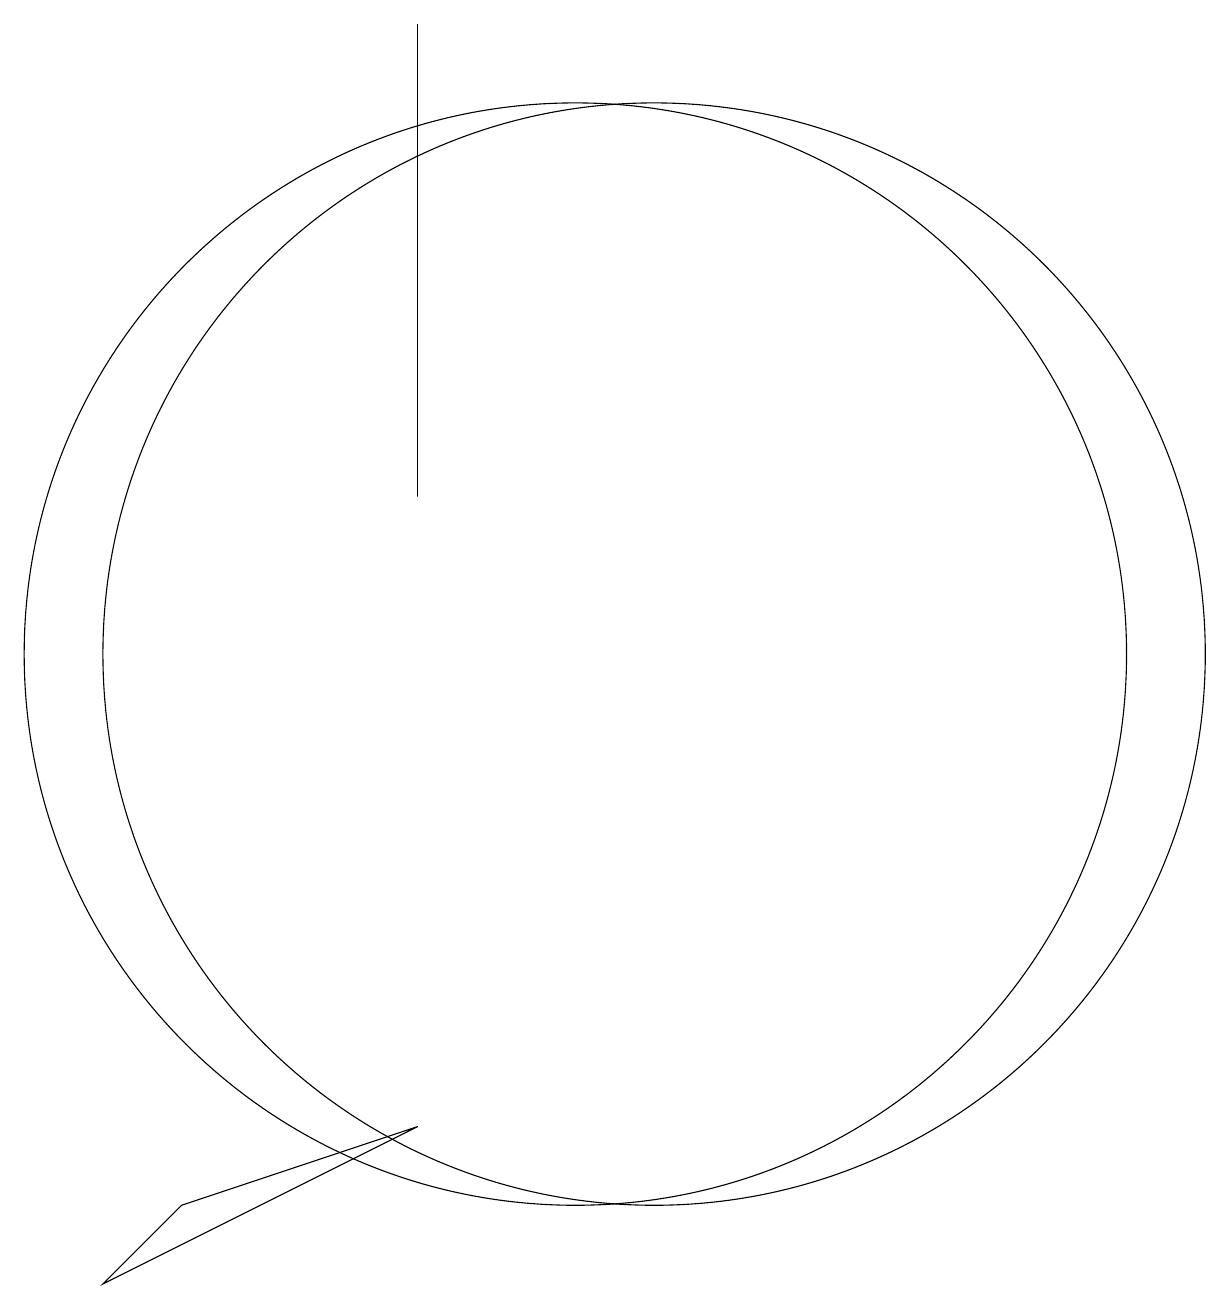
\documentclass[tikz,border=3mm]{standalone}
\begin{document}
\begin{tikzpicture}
\draw (11,10) circle (7);
\draw (5,3) -- (4,2) -- (8,4) -- cycle;
\draw (8,12) rectangle (8,18);
\draw (10,10) circle (7);
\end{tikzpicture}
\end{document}